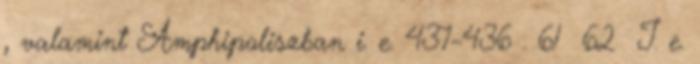
, valamint Amphipoliszban i. e. 437–436 . 61 62 I. e.